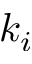
k _ { i }